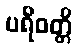
ပရိဝတ္တိ